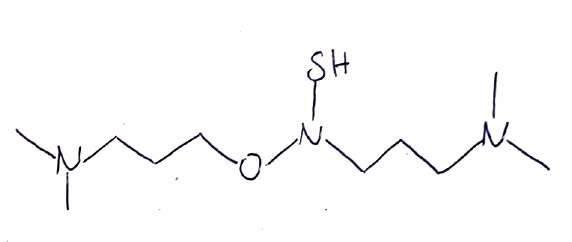
Simplified molecular-input line-entry system (SMILES) notation of the given molecule:
CN(C)CCCN(OCCCN(C)C)S